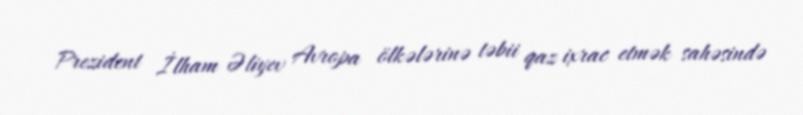
Prezident İlham Əliyev Avropa ölkələrinə təbii qaz ixrac etmək sahəsində